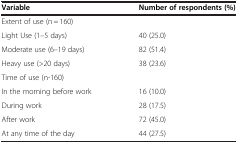
<table><thead><tr><td><b>Variable</b></td><td><b>Number of respondents (%)</b></td></tr></thead><tbody><tr><td>Extent of use (n = 160)</td><td> </td></tr><tr><td>Light Use (1–5 days)</td><td>40 (25.0)</td></tr><tr><td>Moderate use (6–19 days)</td><td>82 (51.4)</td></tr><tr><td>Heavy use (&gt;20 days)</td><td>38 (23.6)</td></tr><tr><td>Time of use (n-160)</td><td> </td></tr><tr><td>In the morning before work</td><td>16 (10.0)</td></tr><tr><td>During work</td><td>28 (17.5)</td></tr><tr><td>After work</td><td>72 (45.0)</td></tr><tr><td>At any time of the day</td><td>44 (27.5)</td></tr></tbody></table>